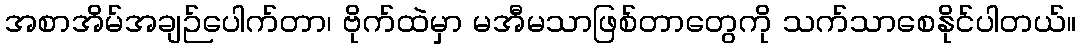
အစာအိမ်အချဉ်ပေါက်တာ၊ ဗိုက်ထဲမှာ မအီမသာဖြစ်တာတွေကို သက်သာစေနိုင်ပါတယ်။